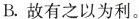
B.故有之以为利。